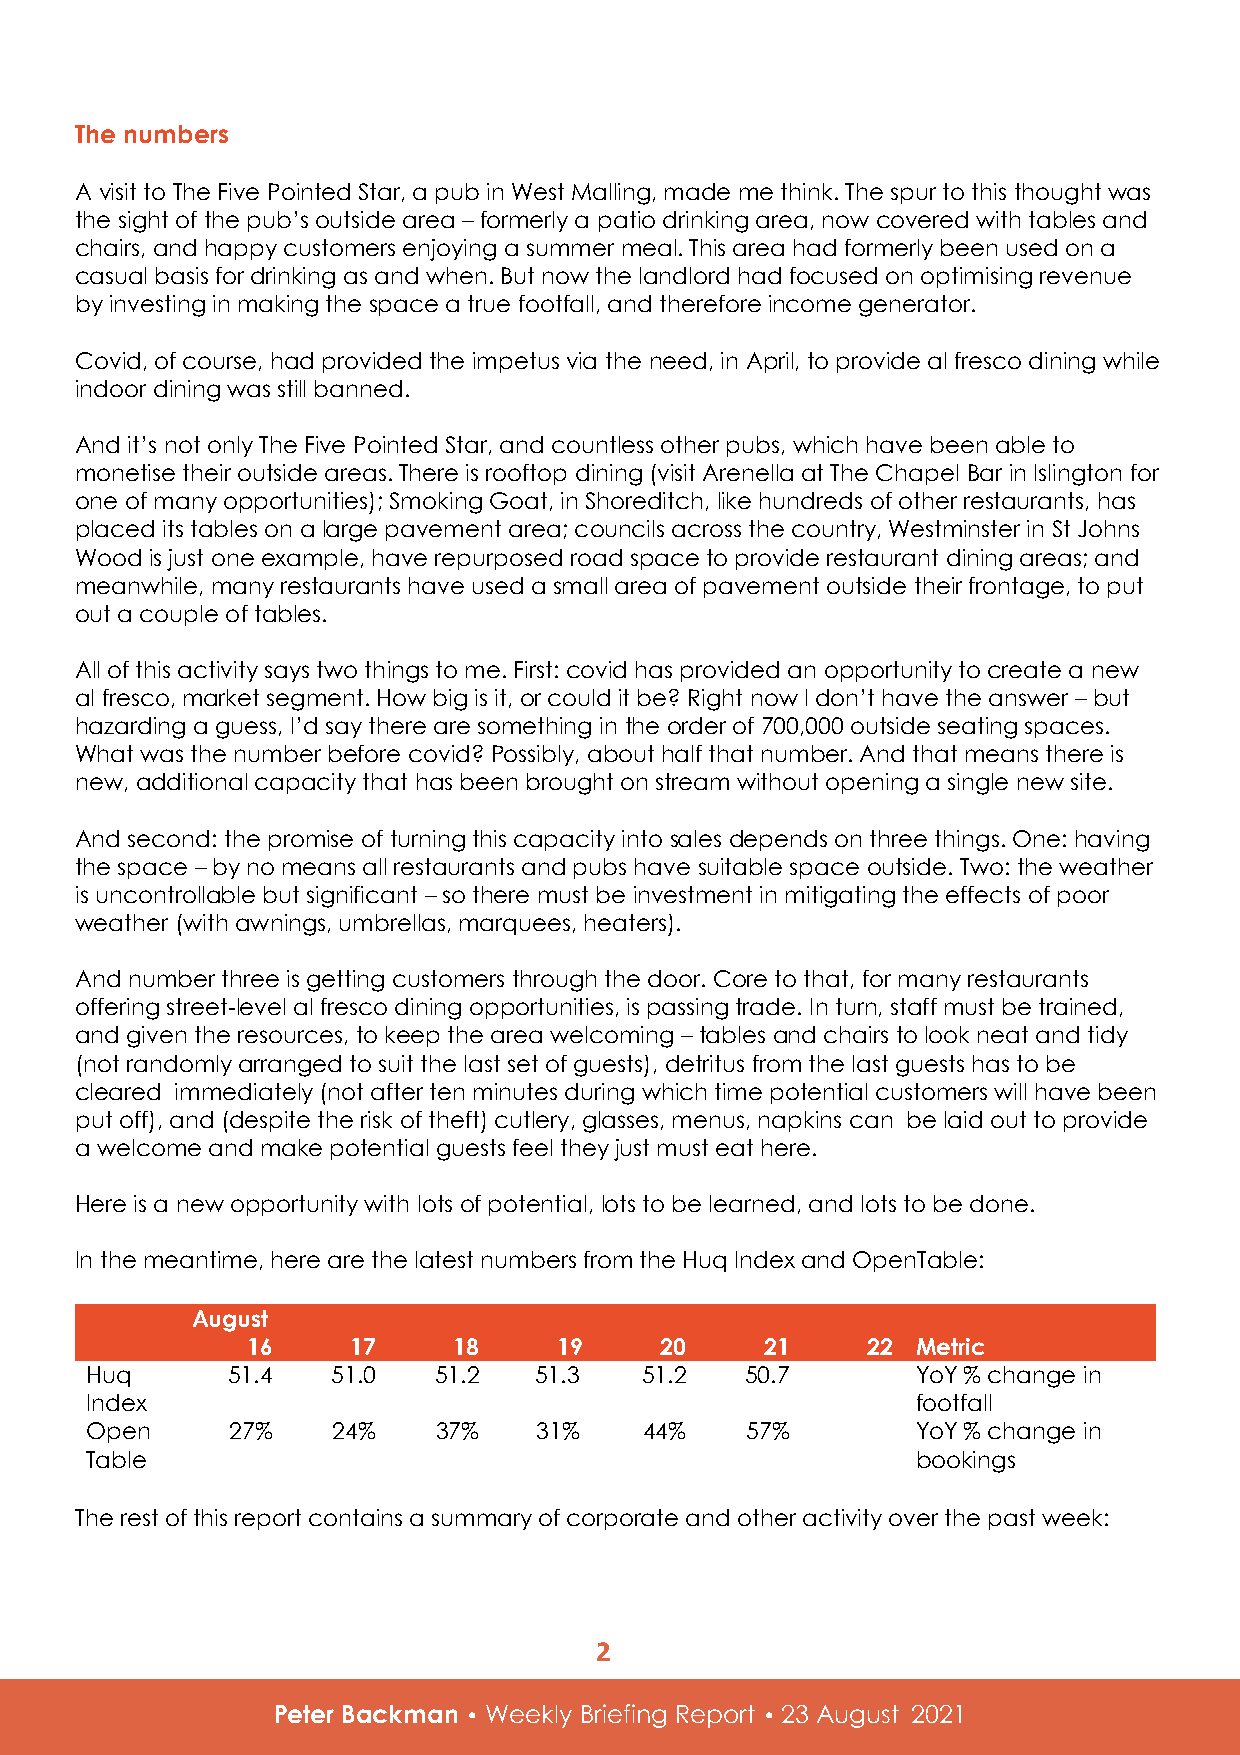
The numbers
 A visit to The Five Pointed Star, a pub in West Malling, made me think. The spur to this thought was
 the sight of the pub’s outside area – formerly a patio drinking area, now covered with tables and
 chairs, and happy customers enjoying a summer meal. This area had formerly been used on a
 casual basis for drinking as and when. But now the landlord had focused on optimising revenue
 by investing in making the space a true footfall, and therefore income generator.
 Covid, of course, had provided the impetus via the need, in April, to provide al fresco dining while
 indoor dining was still banned.
 And it’s not only The Five Pointed Star, and countless other pubs, which have been able to
 monetise their outside areas. There is rooftop dining (visit Arenella at The Chapel Bar in Islington for
 one of many opportunities); Smoking Goat, in Shoreditch, like hundreds of other restaurants, has
 placed its tables on a large pavement area; councils across the country, Westminster in St Johns
 Wood is just one example, have repurposed road space to provide restaurant dining areas; and
 meanwhile, many restaurants have used a small area of pavement outside their frontage, to put
 out a couple of tables.
 All of this activity says two things to me. First: covid has provided an opportunity to create a new
 al fresco, market segment. How big is it, or could it be? Right now I don’t have the answer – but
 hazarding a guess, I’d say there are something in the order of 700,000 outside seating spaces.
 What was the number before covid? Possibly, about half that number. And that means there is
 new, additional capacity that has been brought on stream without opening a single new site.
 And second: the promise of turning this capacity into sales depends on three things. One: having
 the space – by no means all restaurants and pubs have suitable space outside. Two: the weather
 is uncontrollable but significant – so there must be investment in mitigating the effects of poor
 weather (with awnings, umbrellas, marquees, heaters).
 And number three is getting customers through the door. Core to that, for many restaurants
 offering street-level al fresco dining opportunities, is passing trade. In turn, staff must be trained,
 and given the resources, to keep the area welcoming – tables and chairs to look neat and tidy
 (not randomly arranged to suit the last set of guests), detritus from the last guests has to be
 cleared immediately (not after ten minutes during which time potential customers will have been
 put off), and (despite the risk of theft) cutlery, glasses, menus, napkins can be laid out to provide
 a welcome and make potential guests feel they just must eat here.
 Here is a new opportunity with lots of potential, lots to be learned, and lots to be done.
 In the meantime, here are the latest numbers from the Huq Index and OpenTable:
 August
 16     17     18     19     20     21    22  Metric
 Huq      51.4   51.0   51.2  51.3   51.2   50.7        YoY % change in
 Index                                                  footfall
 Open     27%    24%    37%   31%     44%   57%         YoY % change in
 Table                                                  bookings
 The rest of this report contains a summary of corporate and other activity over the past week:
 2
 Peter Backman • Weekly Briefing Report • 23 August 2021